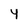
Character: Y